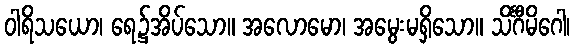
ဝါရိသယော၊ ရေ၌အိပ်သော။ အလောမော၊ အမွေးမရှိသော။ သိင်္ဂီမိဂေါ၊